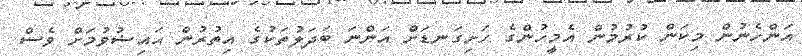
އަންހެނުން މިކަން ކުރުމުން އެމީހުންގެ ހަށިގަނޑަށް އަންނަ ބަދަލުތަކުގެ އިތުރުން ޙައިޟުވުމަށް ވެސް